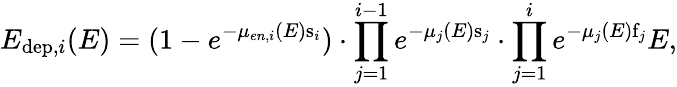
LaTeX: E_{\mathrm{dep},i}(E)=(1-e^{-\mu_{en,i}(E)\mathrm{s}_{i}})\cdot\prod_{j=1}^{i-1}e^{-\mu_{j}(E)\mathrm{s}_{j}}\cdot\prod_{j=1}^{i}e^{-\mu_{j}(E)\mathrm{f}_{j}}E,